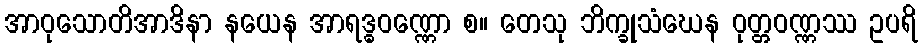
အာဝုသောတိအာဒိနာ နယေန အာရဒ္ဓဝဏ္ဏော စ။ တေသု ဘိက္ခုသံဃေန ဝုတ္တဝဏ္ဏဿ ဥပရိ